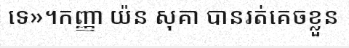
ទេ»។កញ្ញា យ៉ន សុគា បានរត់គេចខ្លួន